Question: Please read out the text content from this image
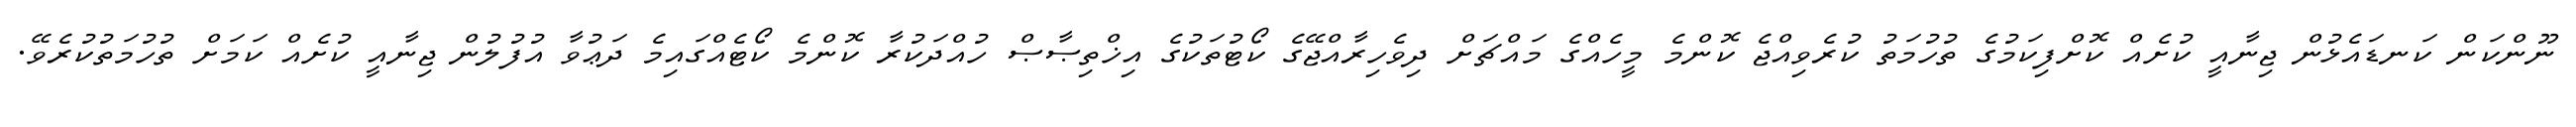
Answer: ނޫންކަން ކަނޑައެޅުން ޖިނާއީ ކުށެއް ކޮށްފިކަމުގެ ތުހުމަތު ކުރެވިއްޖެ ކޮންމެ މީހެއްގެ މައްޗަށް ދިވެހިރާއްޖޭގެ ކޯޓުތަކުގެ އިޚްތިޞާޞް ހުއްދަކުރާ ކޮންމެ ކޯޓެއްގައިމެ ދަޢުވާ އުފުލުން ޖިނާއީ ކުށެއް ކަމަށް ތުހުމަތުކުރެވޭ.